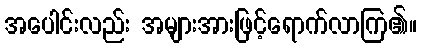
အပေါင်းလည်း အများအားဖြင့်ရောက်လာကြ၏။